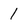
Character: 1